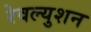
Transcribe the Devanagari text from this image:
रेवल्युशन